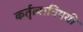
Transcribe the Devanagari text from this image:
कर्तृत्वाविषयी